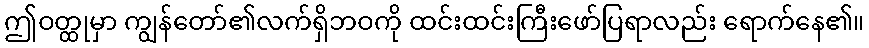
ဤဝတ္ထုမှာ ကျွန်တော်၏လက်ရှိဘဝကို ထင်းထင်းကြီးဖော်ပြရာလည်း ရောက်နေ၏။